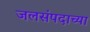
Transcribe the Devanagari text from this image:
जलसंपदाच्या